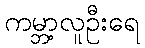
ကမ္ဘာ့လူဦးရေ